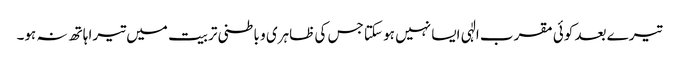
تیرے بعد کوئی مقرب الٰہی ایسا نہیں ہو سکتا جس کی ظاہری و باطنی تربیت میں تیرا ہاتھ نہ ہو۔